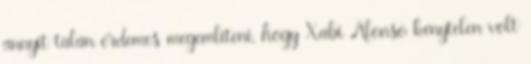
annyit talán érdemes megemlíteni, hogy Xabi Alonso kénytelen volt